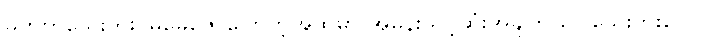
မဟုတ်သေးဘူး၊ မမေဇော်ပြောတဲ့အထဲမှာ အမုန်းသင့်ဆုံးအချက် မပါသေးဘူးလေ